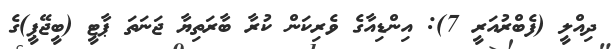
ދިއްލީ (ފެބްރުއަރީ 7): އިންޑިއާގެ ވެރިކަން ކުރާ ބާރަތިޔާ ޖަނަތަ ޕާޓީ (ބީޖޭޕީ)ގެ